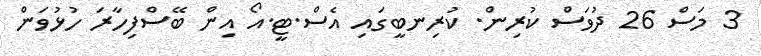
3 މަސް 26 ދުވަސް ކުރިން. ކުރިނބީގައި އެސް.ޓީ.އޯ އިން ބޭސްފިހާރަ ހުޅުވަން